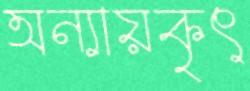
অন্যায়কৃৎ